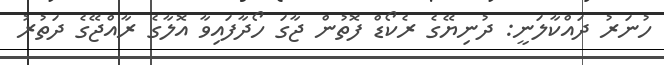
ހުނަރު ދައްކާލަނީ: ދުނިޔޭގެ ރެކޯޑް ފޮތުން ޖާގަ ހޯދާފައިވާ އޮލާގެ ރާއްޖޭގެ ދަތުރު